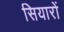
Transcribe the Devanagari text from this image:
सियारों